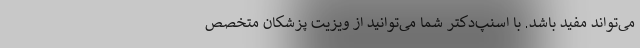
می‌تواند مفید باشد. با اسنپ‌دکتر شما می‌توانید از ویزیت پزشکان متخصص